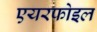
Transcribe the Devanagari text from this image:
एयरफोइल